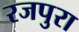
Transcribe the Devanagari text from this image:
रजपुरा